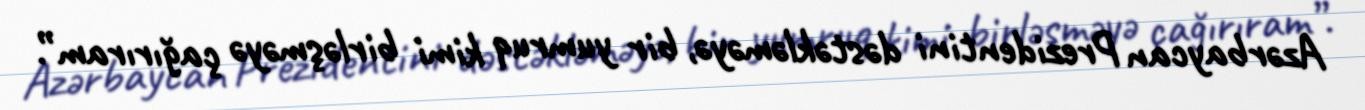
Azərbaycan Prezidentini dəstəkləməyə, bir yumruq kimi birləşməyə çağırıram”.